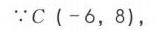
\(\because C\ (-6,8)\)，